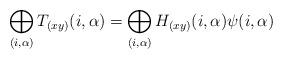
LaTeX: \begin{align*}\bigoplus_{(i,\alpha)}T_{(xy)}(i,\alpha)=\bigoplus_{(i,\alpha)}H_{(xy)}(i,\alpha)\psi(i,\alpha)\end{align*}